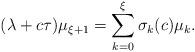
LaTeX: \begin{gather*}( \lambda+c\tau) \mu_{\xi+1}=\sum\limits_{k=0}^{\xi}\sigma_{k}(c) \mu_{k}.\end{gather*}